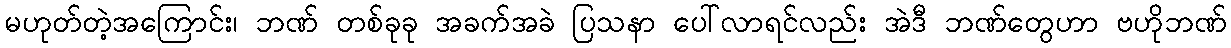
မဟုတ်တဲ့အကြောင်း၊ ဘဏ် တစ်ခုခု အခက်အခဲ ပြသနာ ပေါ်လာရင်လည်း အဲဒီ ဘဏ်တွေဟာ ဗဟိုဘဏ်